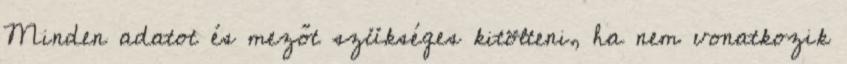
Minden adatot és mezőt szükséges kitölteni, ha nem vonatkozik